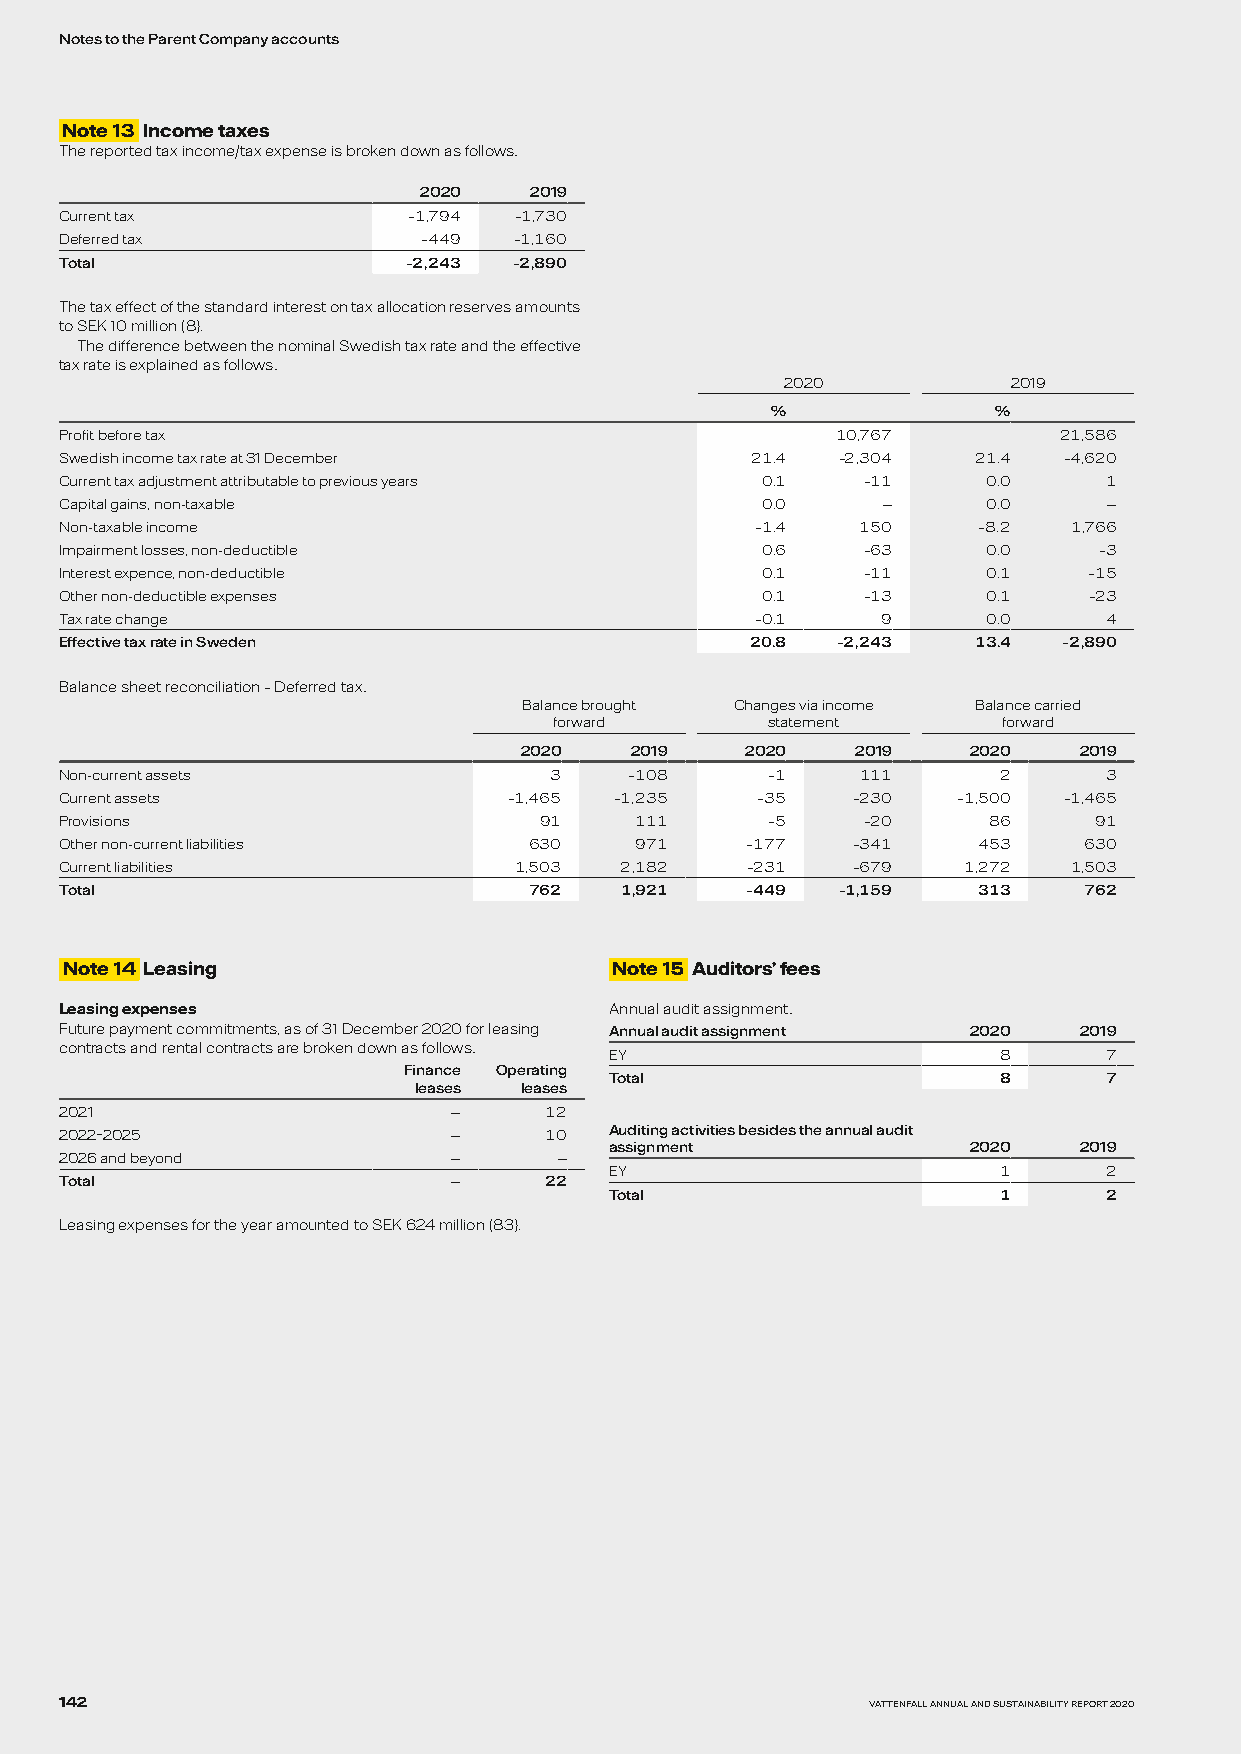
Notes to the Parent Company accounts
 Note 13 Income taxes
 The reported tax income/tax expense is broken down as follows:
 2020   2019
 Current tax            –1,794 –1,730
 Deferred tax            –449  –1,160
 Total                  –2,243 –2,890
 The tax effect of the standard interest on tax allocation reserves amounts
 to SEK 10 million (8).
 The difference between the nominal Swedish tax rate and the effective
 tax rate is explained as follows:
 2020           2019
 %              %
 Profit before tax                                  10,767         21,586
 Swedish income tax rate at 31 December        21.4 –2,304    21.4 –4,620
 Current tax adjustment attributable to previous years 0.1 –11 0.0    1
 Capital gains, non-taxable                    0.0     —      0.0     —
 Non-taxable income                            –1.4   150     –8.2  1,766
 Impairment losses, non-deductible             0.6    –63     0.0     –3
 Interest expence, non-deductible              0.1    –11     0.1    –15
 Other non-deductible expenses                 0.1    –13     0.1    –23
 Tax rate change                               –0.1    9      0.0     4
 Effective tax rate in Sweden                  20.8 –2,243   13.4  –2,890
 Balance sheet reconciliation – Deferred tax:
 Balance brought Changes via income Balance carried
 forward       statement      forward
 2020    2019   2020    2019   2020   2019
 Non-current assets              3     –108     –1    111      2      3
 Current assets                –1,465 –1,235   –35   –230   –1,500 –1,465
 Provisions                      91    111      –5    –20     86     91
 Other non-current liabilities  630    971    –177   –341     453    630
 Current liabilities           1,503  2,182   –231   –679    1,272  1,503
 Total                          762   1,921   –449  –1,159    313    762
 Note 14 Leasing                      Note 15 Auditors’ fees
 Leasing expenses                    Annual audit assignment:
 Future payment commitments, as of 31 December 2020 for leasing Annual audit assignment 2020 2019
 contracts and rental contracts are broken down as follows:
 EY                        8      7
 Finance Operating
 Total                     8      7
 leases leases
 2021                      —     12
 2022–2025                 —     10  Auditing activities besides the annual audit
 assignment              2020   2019
 2026 and beyond           —      —
 EY                        1      2
 Total                     —     22
 Total                     1      2
 Leasing expenses for the year amounted to SEK 624 million (83).
 142                                                   VATTENFALL ANNUAL AND SUSTAINABILITY REPORT 2020